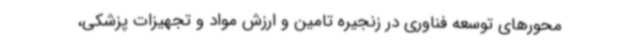
محورهای توسعه فناوری در زنجیره تامین و ارزش مواد و تجهیزات پزشکی،